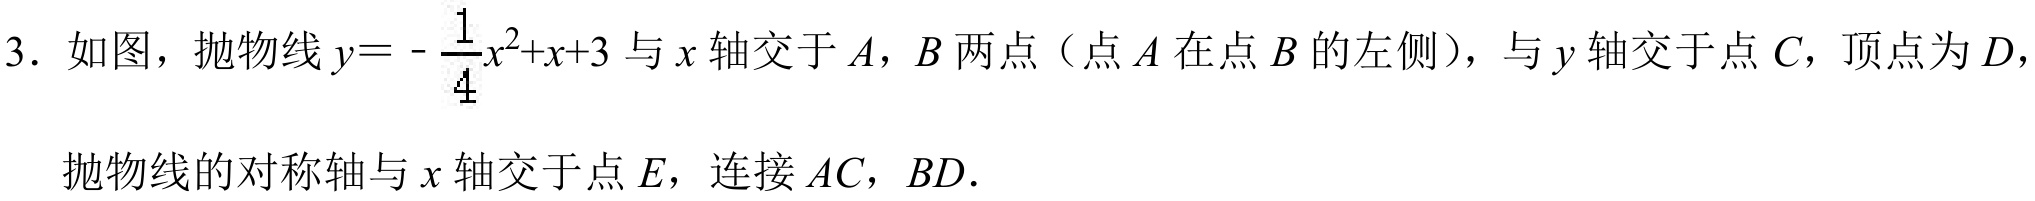
3. 如图，抛物线\(y = -\frac{1}{4}x^{2}+x + 3\)与\(x\)轴交于\(A\)，\(B\)两点（点\(A\)在点\(B\)的左侧），与\(y\)轴交于点\(C\)，顶点为\(D\)，抛物线的对称轴与\(x\)轴交于点\(E\)，连接\(AC\)，\(BD\)．